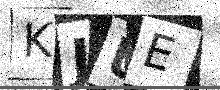
Text: KJUE